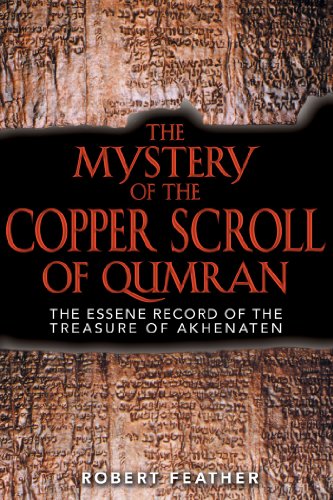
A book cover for The Mystery of the Copper Scroll of Qumran: The Essene Record of the Treasure of Akhenaten; Robert Feather; Religion & Spirituality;